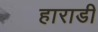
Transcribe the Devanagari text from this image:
हाराडी